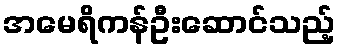
အမေရိကန်ဦးဆောင်သည့်